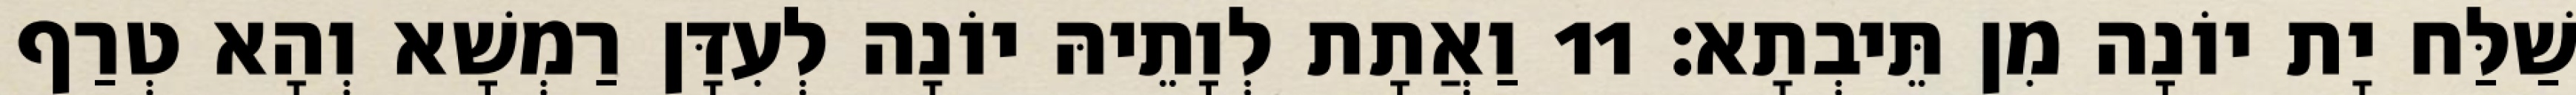
שַׁלַּח יָת יוֹנָה מִן תֵּיבְתָא׃ 11 וַאֲתָת לְוָתֵיהּ יוֹנָה לְעִדָּן רַמְשָׁא וְהָא טְרַף